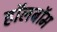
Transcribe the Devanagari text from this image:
हॉलबॉम